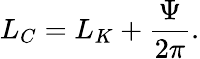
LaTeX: L_{C}=L_{K}+\frac{\Psi}{2\pi}.